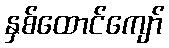
နှစ်ထောင်ကျော်